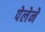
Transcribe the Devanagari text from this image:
पेलेने